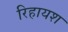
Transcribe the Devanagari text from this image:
रिहायश